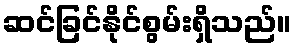
ဆင်ခြင်နိုင်စွမ်းရှိသည်။